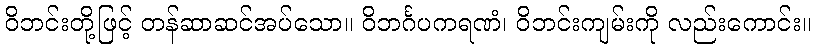
ဝိဘင်းတို့ဖြင့် တန်ဆာဆင်အပ်သော။ ဝိဘင်္ဂပကရဏံ၊ ဝိဘင်းကျမ်းကို လည်းကောင်း။